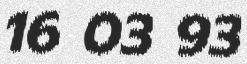
16 03 93